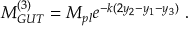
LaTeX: M _ { G U T } ^ { ( 3 ) } = M _ { p l } e ^ { - k ( 2 y _ { 2 } - y _ { 1 } - y _ { 3 } ) } ~ . ~ \,